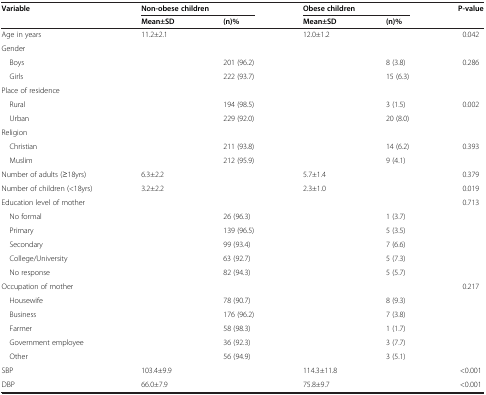
<table><thead><tr><td rowspan="2"><b>Variable</b></td><td colspan="2"><b>Non-obese children</b></td><td colspan="2"><b>Obese children</b></td><td><b>P-value</b></td></tr><tr><td><b>Mean±SD</b></td><td><b>(n)%</b></td><td><b>Mean±SD</b></td><td><b>(n)%</b></td><td><b> </b></td></tr></thead><tbody><tr><td>Age in years</td><td>11.2±2.1</td><td> </td><td>12.0±1.2</td><td> </td><td>0.042</td></tr><tr><td>Gender</td><td> </td><td> </td><td> </td><td> </td><td> </td></tr><tr><td> Boys</td><td> </td><td>201 (96.2)</td><td> </td><td>8 (3.8)</td><td>0.286</td></tr><tr><td> Girls</td><td> </td><td>222 (93.7)</td><td> </td><td>15 (6.3)</td><td> </td></tr><tr><td>Place of residence</td><td> </td><td> </td><td> </td><td> </td><td> </td></tr><tr><td> Rural</td><td> </td><td>194 (98.5)</td><td> </td><td>3 (1.5)</td><td>0.002</td></tr><tr><td> Urban</td><td> </td><td>229 (92.0)</td><td> </td><td>20 (8.0)</td><td> </td></tr><tr><td>Religion</td><td> </td><td> </td><td> </td><td> </td><td> </td></tr><tr><td> Christian</td><td> </td><td>211 (93.8)</td><td> </td><td>14 (6.2)</td><td>0.393</td></tr><tr><td> Muslim</td><td> </td><td>212 (95.9)</td><td> </td><td>9 (4.1)</td><td> </td></tr><tr><td>Number of adults (≥18yrs)</td><td>6.3±2.2</td><td> </td><td>5.7±1.4</td><td> </td><td>0.379</td></tr><tr><td>Number of children (&lt;18yrs)</td><td>3.2±2.2</td><td> </td><td>2.3±1.0</td><td> </td><td>0.019</td></tr><tr><td>Education level of mother</td><td> </td><td> </td><td> </td><td> </td><td>0.713</td></tr><tr><td> No formal</td><td> </td><td>26 (96.3)</td><td> </td><td>1 (3.7)</td><td> </td></tr><tr><td> Primary</td><td> </td><td>139 (96.5)</td><td> </td><td>5 (3.5)</td><td> </td></tr><tr><td> Secondary</td><td> </td><td>99 (93.4)</td><td> </td><td>7 (6.6)</td><td> </td></tr><tr><td> College/University</td><td> </td><td>63 (92.7)</td><td> </td><td>5 (7.3)</td><td> </td></tr><tr><td> No response</td><td> </td><td>82 (94.3)</td><td> </td><td>5 (5.7)</td><td> </td></tr><tr><td>Occupation of mother</td><td> </td><td> </td><td> </td><td> </td><td>0.217</td></tr><tr><td> Housewife</td><td> </td><td>78 (90.7)</td><td> </td><td>8 (9.3)</td><td> </td></tr><tr><td> Business</td><td> </td><td>176 (96.2)</td><td> </td><td>7 (3.8)</td><td> </td></tr><tr><td> Farmer</td><td> </td><td>58 (98.3)</td><td> </td><td>1 (1.7)</td><td> </td></tr><tr><td> Government employee</td><td> </td><td>36 (92.3)</td><td> </td><td>3 (7.7)</td><td> </td></tr><tr><td> Other</td><td> </td><td>56 (94.9)</td><td> </td><td>3 (5.1)</td><td> </td></tr><tr><td>SBP</td><td>103.4±9.9</td><td> </td><td>114.3±11.8</td><td> </td><td>&lt;0.001</td></tr><tr><td>DBP</td><td>66.0±7.9</td><td> </td><td>75.8±9.7</td><td> </td><td>&lt;0.001</td></tr></tbody></table>